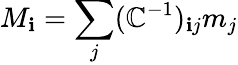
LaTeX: M_{\mathbf{i}}=\sum_{j}(\mathbb{C}^{-1})_{\mathbf{i}j}m_{j}